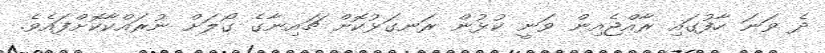
ދެ ވަނަ ހާފުގައި ރާއްޖެއިން ވަނީ ކުޅުން ރަނގަޅުކޮށް ޗައިނާގެ ގޯލަށް ނުރައްކާކޮށްފައެވެ.